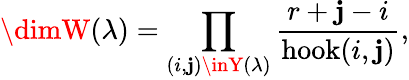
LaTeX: \dimW(\lambda)=\prod_{(i,\mathbf{j})\inY(\lambda)}{\frac{{r+\mathbf{j}-i}}{{\operatorname{hook}(i,\mathbf{j})}}},